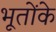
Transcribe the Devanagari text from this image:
भूतोंके